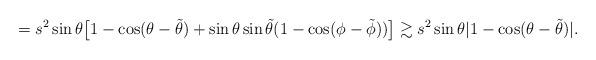
LaTeX: \begin{align*}= s^2\sin \theta\big[ 1-\cos(\theta- \tilde{\theta})+\sin \theta\sin \tilde{\theta}(1-\cos(\phi- \tilde{\phi}) )\big]\gtrsim s^2\sin \theta | 1-\cos(\theta- \tilde{\theta})|. \end{align*}